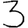
Digit: 3